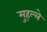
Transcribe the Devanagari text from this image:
मुह्ल्ले